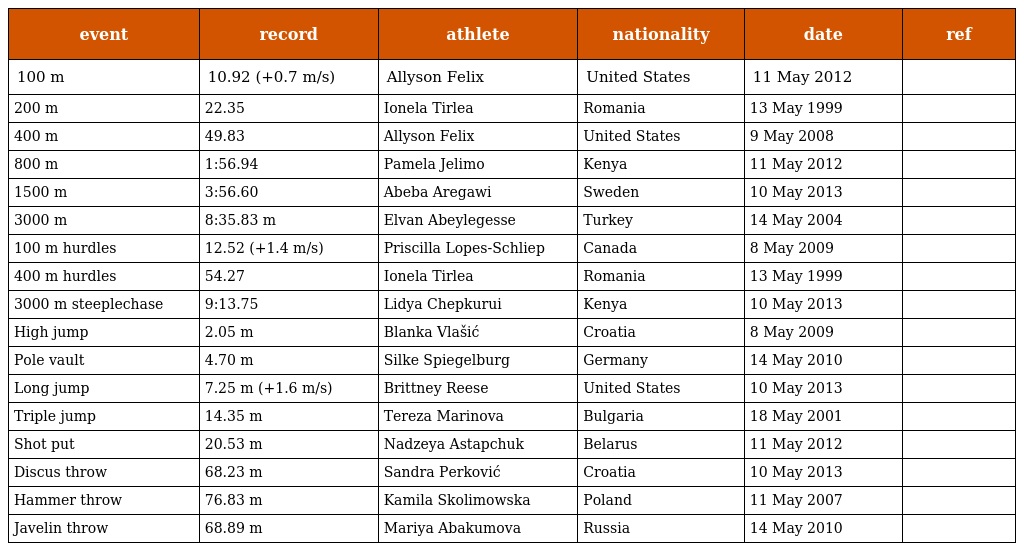
| event | record | athlete | nationality | date | ref |
 | --- | --- | --- | --- | --- | --- |
 | 100 m | 10.92 (+0.7 m/s) | Allyson Felix | United States | 11 May 2012 |  |
 | 200 m | 22.35 | Ionela Tirlea | Romania | 13 May 1999 |  |
 | 400 m | 49.83 | Allyson Felix | United States | 9 May 2008 |  |
 | 800 m | 1:56.94 | Pamela Jelimo | Kenya | 11 May 2012 |  |
 | 1500 m | 3:56.60 | Abeba Aregawi | Sweden | 10 May 2013 |  |
 | 3000 m | 8:35.83 m | Elvan Abeylegesse | Turkey | 14 May 2004 |  |
 | 100 m hurdles | 12.52 (+1.4 m/s) | Priscilla Lopes-Schliep | Canada | 8 May 2009 |  |
 | 400 m hurdles | 54.27 | Ionela Tirlea | Romania | 13 May 1999 |  |
 | 3000 m steeplechase | 9:13.75 | Lidya Chepkurui | Kenya | 10 May 2013 |  |
 | High jump | 2.05 m | Blanka Vlašić | Croatia | 8 May 2009 |  |
 | Pole vault | 4.70 m | Silke Spiegelburg | Germany | 14 May 2010 |  |
 | Long jump | 7.25 m (+1.6 m/s) | Brittney Reese | United States | 10 May 2013 |  |
 | Triple jump | 14.35 m | Tereza Marinova | Bulgaria | 18 May 2001 |  |
 | Shot put | 20.53 m | Nadzeya Astapchuk | Belarus | 11 May 2012 |  |
 | Discus throw | 68.23 m | Sandra Perković | Croatia | 10 May 2013 |  |
 | Hammer throw | 76.83 m | Kamila Skolimowska | Poland | 11 May 2007 |  |
 | Javelin throw | 68.89 m | Mariya Abakumova | Russia | 14 May 2010 |  |